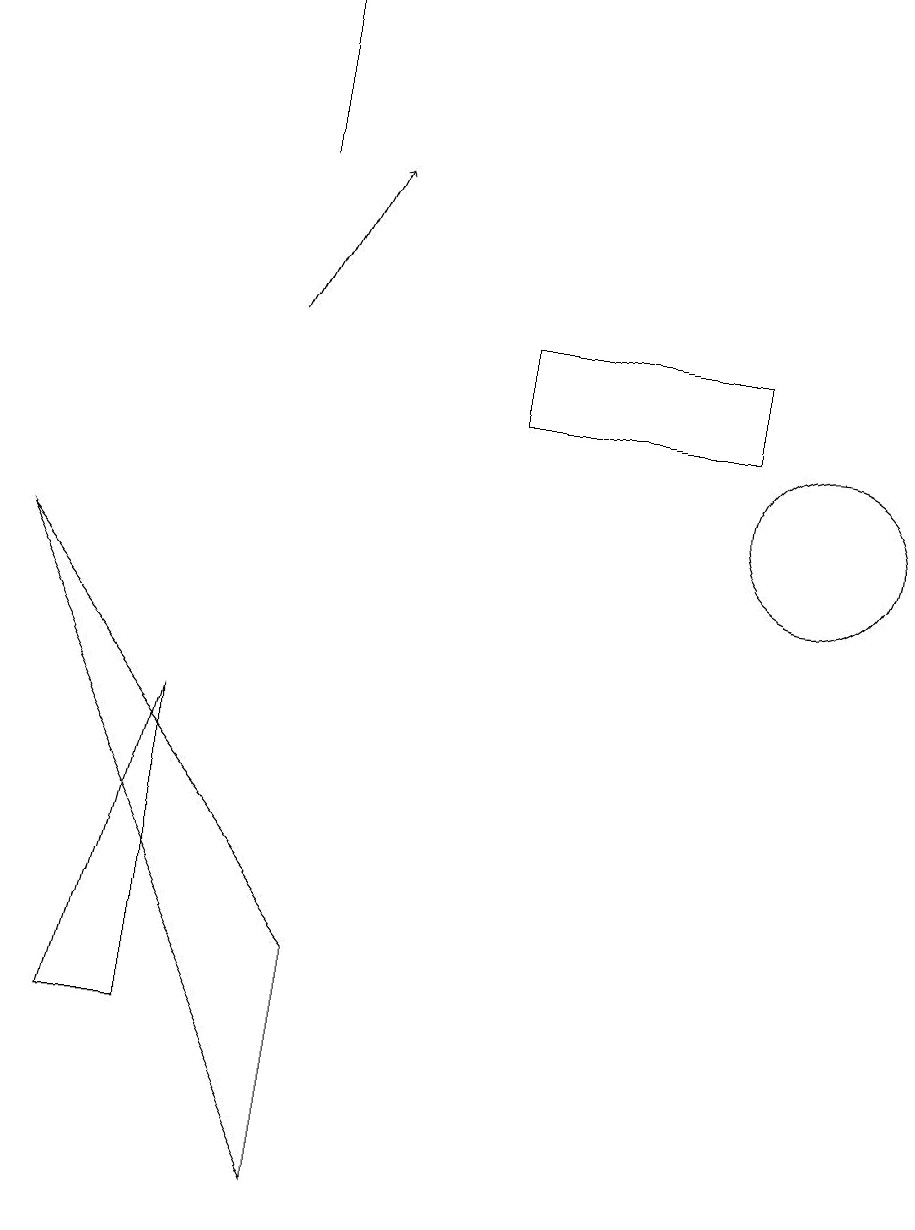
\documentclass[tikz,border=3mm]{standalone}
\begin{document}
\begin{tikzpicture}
\draw (2,3) -- (2,7) -- (1,3) -- cycle;
\draw[->] (3,12) -- (4,14);
\draw (10,10) circle (1);
\draw (6,11) rectangle (9,12);
\draw (0,9) -- (4,4) -- (4,1) -- cycle;
\draw (3,14) rectangle (3,16);
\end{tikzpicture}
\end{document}